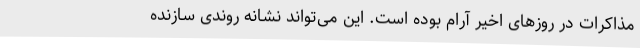
مذاکرات در روزهای اخیر آرام بوده است. این می‌تواند نشانه‌ روندی سازنده